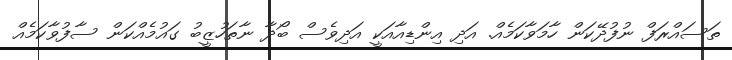
ތަސައްރަފް ނުފުދޭކަން ހާމަވާކަމެއް. އަދި އިންޑިއާއަކީ އަދިވެސް ބޯދާ ނާތަހުޒީބު ގައުމެއްކަން ސާފުވާކަމެއް